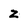
Character: z